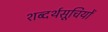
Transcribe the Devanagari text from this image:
शब्दर्थसूचियों